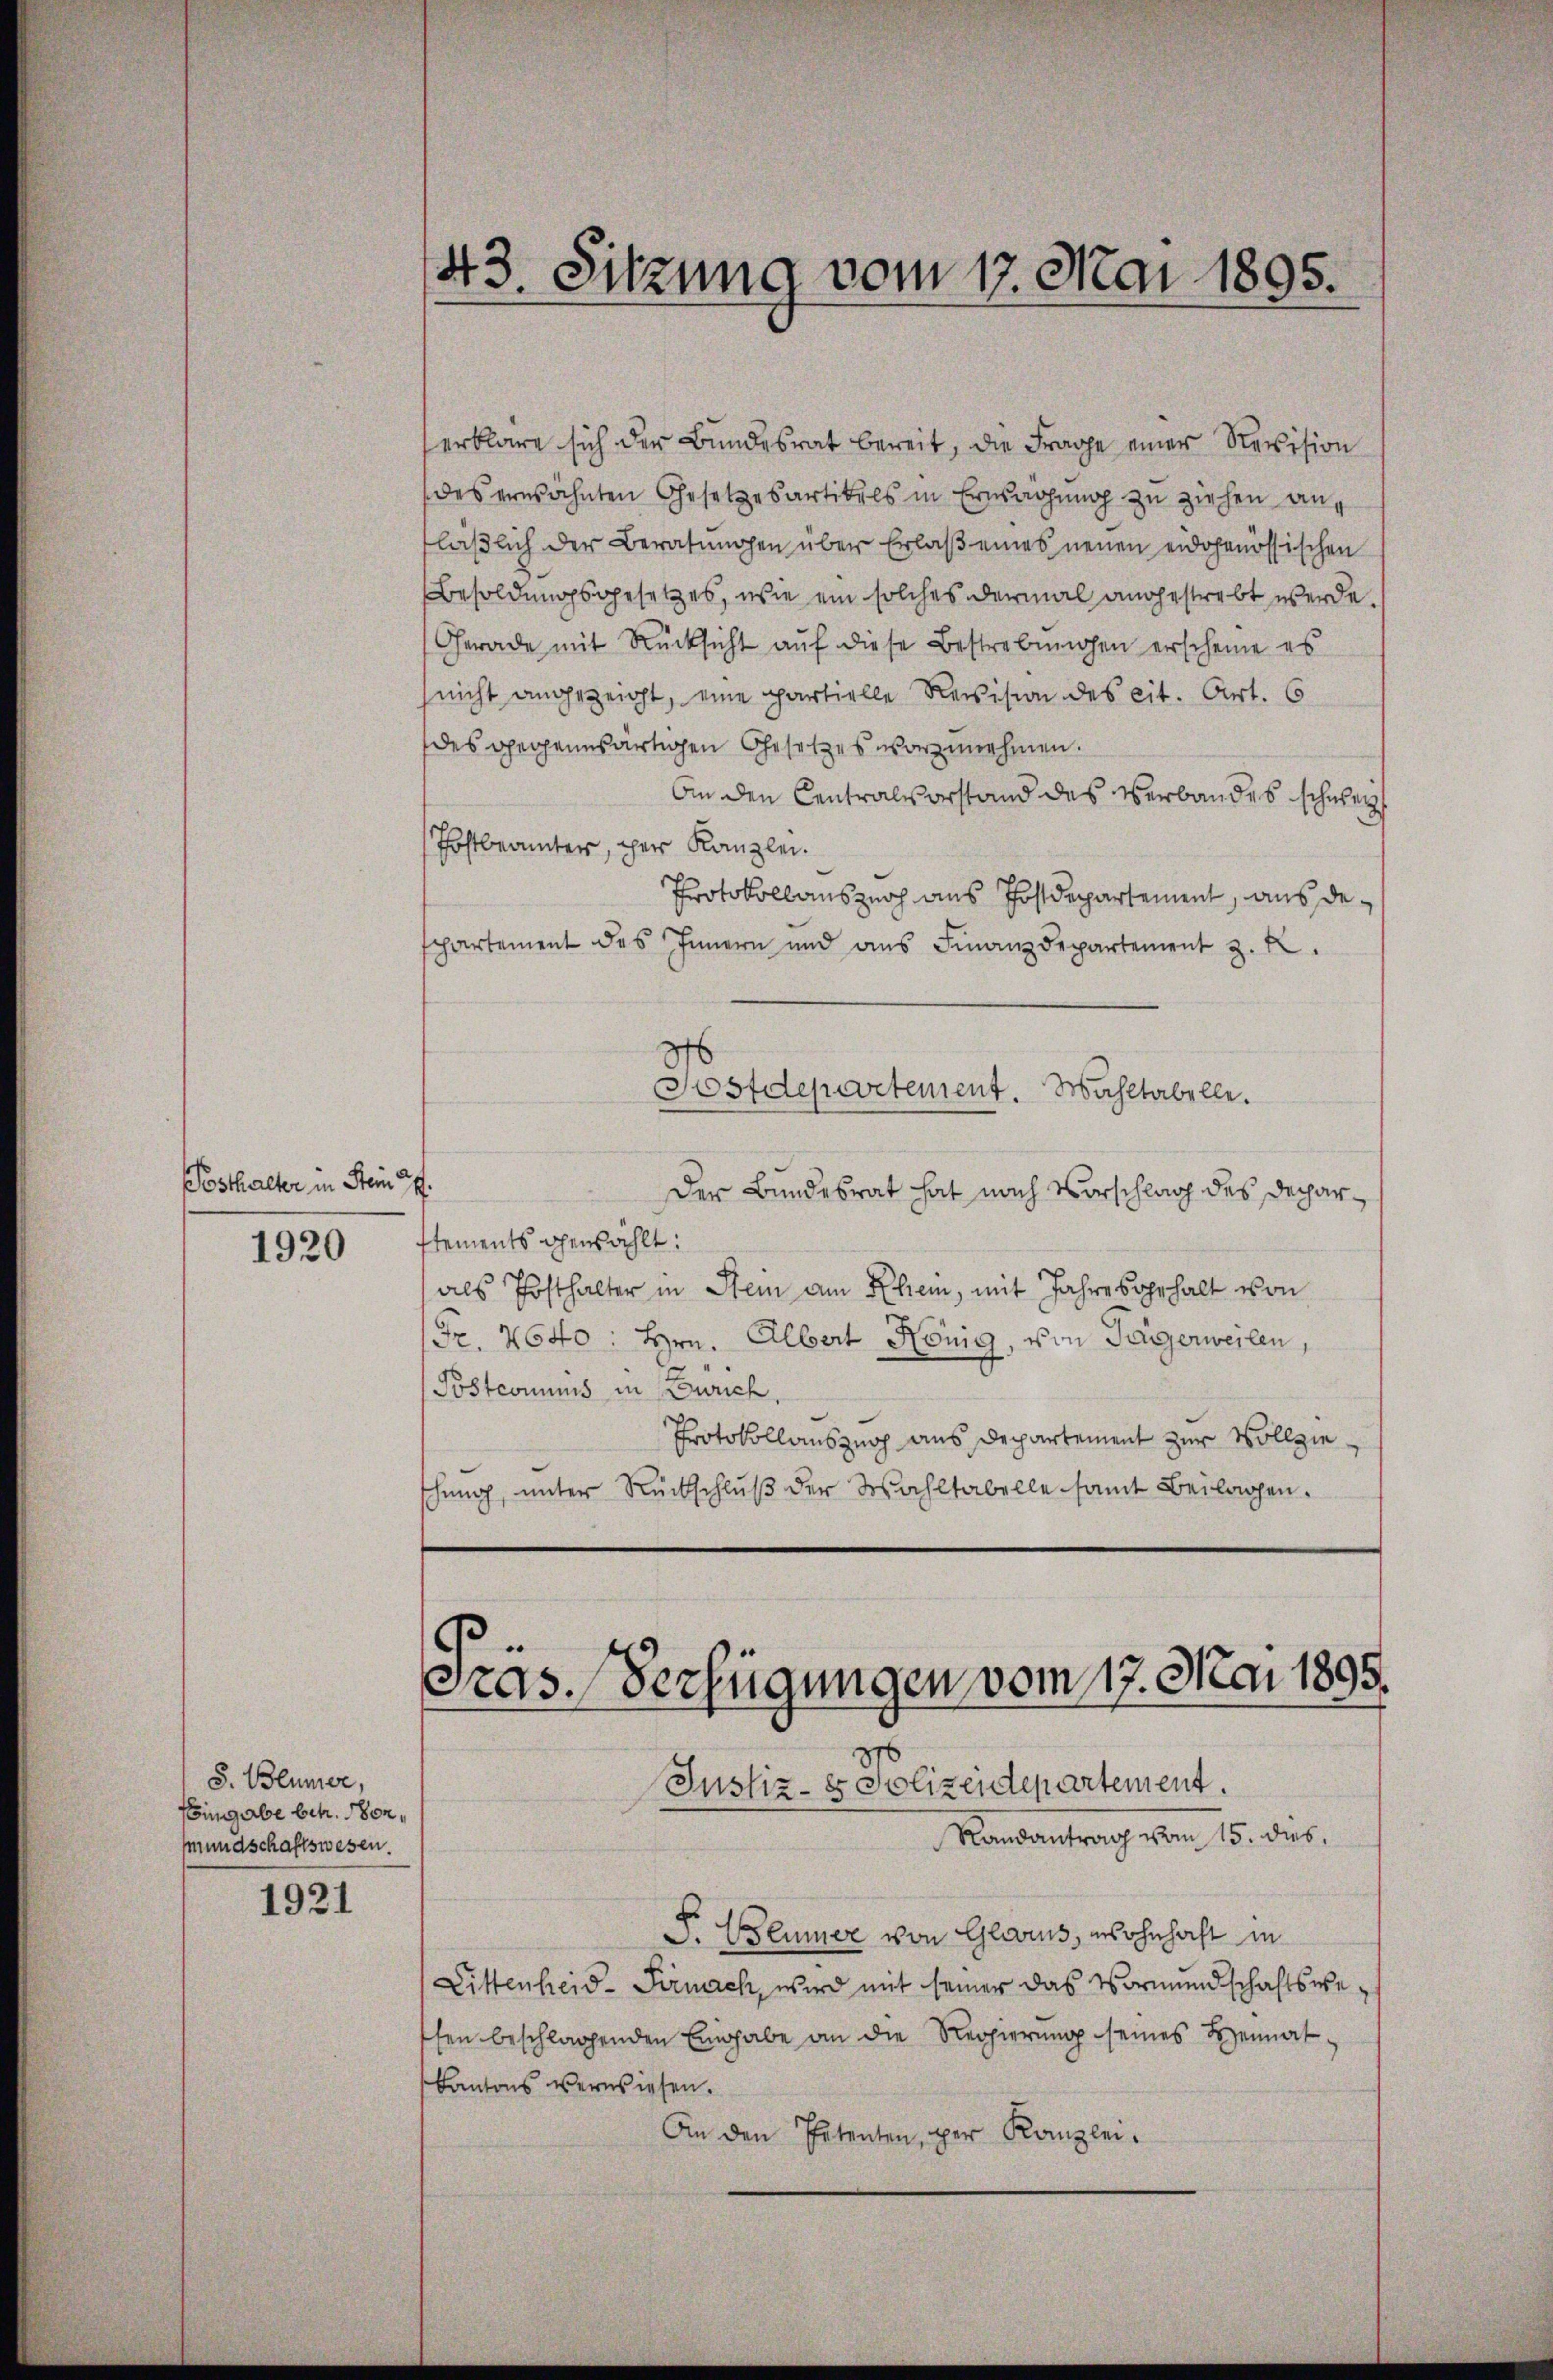
Posthalter in Stein 37.

1920

S. Blümer,
ingabe betr. Honmundschaftswesen.

1921

43. Sitzung vom 17. Mai 1895.

erkläre sich der Bundesrat bereit, die Frage einer Revision
des erwähnten Gesetzesartikels in Erwägung zu ziehen an,
läßlich der Beratungen über Erlaß eines neuen eidgenössischen
Besoldungsgesetzes, wie ein solches dermal angestrebt werde.
Gerade mit Rücksicht auf diese Bestrebungen erscheine es
nicht angezeigt, eine partielle Revision des cit. Art. 6
des gegenwärtigen Gesetzes vorzunehmen.
An den Centralvorstand des Verbandes schwerz
Thostbeamter, der Kanzlei.
Protokollauszeich aus Postdepartement, aus despartement des Innern und ans Finanzdepartement z. B.
Postdepartement. Wahltabelle.
Der Bundesrat hat nach Vorschlag des Decharstements gewählt:
als Phosthalter in Stein am Rhem, mit Jahres gehalt von
Fr. 2640: Hrn. Albert König, von Tägerweilen,
Postcomuns in Zürich,
Protokollauszug aus Departement zur Vollzieschung, unter Rückschluß der Wahltabelle samt Beilagen.

Präs. Verfügungen vom 17. Mai 1895.

Justiz- & Polizeidepartement.
Randantrag vom 15. dies
S. Blümer von Glarus, wohnhaft in
Littenheid- Sirnach, wird mit seiner das Vormundschaftswesen beschlagenden Eingabe an die Regierung seines Heimat¬
Kantons verwiesen.
An den Petenten, per Kanzlei-